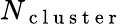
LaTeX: N_{\mathrm{~c~l~u~s~t~e~r~}}